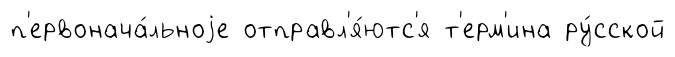
п'ервонача́льноjе отправл'я́ютс'я т'ерм'ина ру́сской